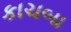
કાચબા